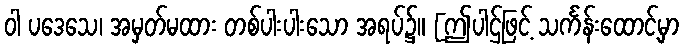
ဝါ ပဒေသေ၊ အမှတ်မထား တစ်ပါးပါးသော အရပ်၌။ [ဤပါဌ်ဖြင့် သင်္ကန်းထောင့်မှာ